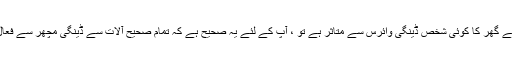
تاہم ، اگر آپ کے گھر کا کوئی شخص ڈینگی وائرس سے متاثر ہے تو ، آپ کے لئے یہ صحیح ہے کہ تمام صحیح آلات سے ڈینگی مچھر سے فعال طور پر لڑیں۔